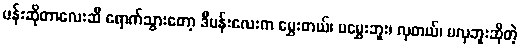
ပန်းဆိုတာလေးဆီ ရောက်သွားတော့ ဒီပန်းလေးက မွှေးတယ်၊ မမွှေးဘူး၊ လှတယ်၊ မလှဘူးဆိုတဲ့